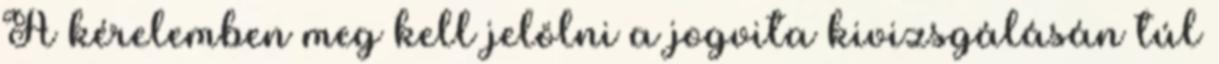
A kérelemben meg kell jelölni a jogvita kivizsgálásán túl